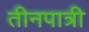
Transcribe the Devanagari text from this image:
तीनपात्री